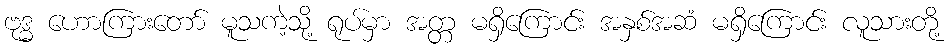
ဗုဒ္ဓ ဟောကြားတော် မူသကဲ့သို့ ရုပ်မှာ အတ္တ မရှိကြောင်း အနှစ်အဆံ မရှိကြောင်း လူသားတို့